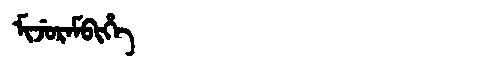
Manchu: ᠮᡳᠵᡠᡵᠠᠮᠪᡳᡥᡝ
Romanization: MIJURAMBIHE